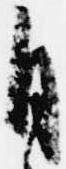
自